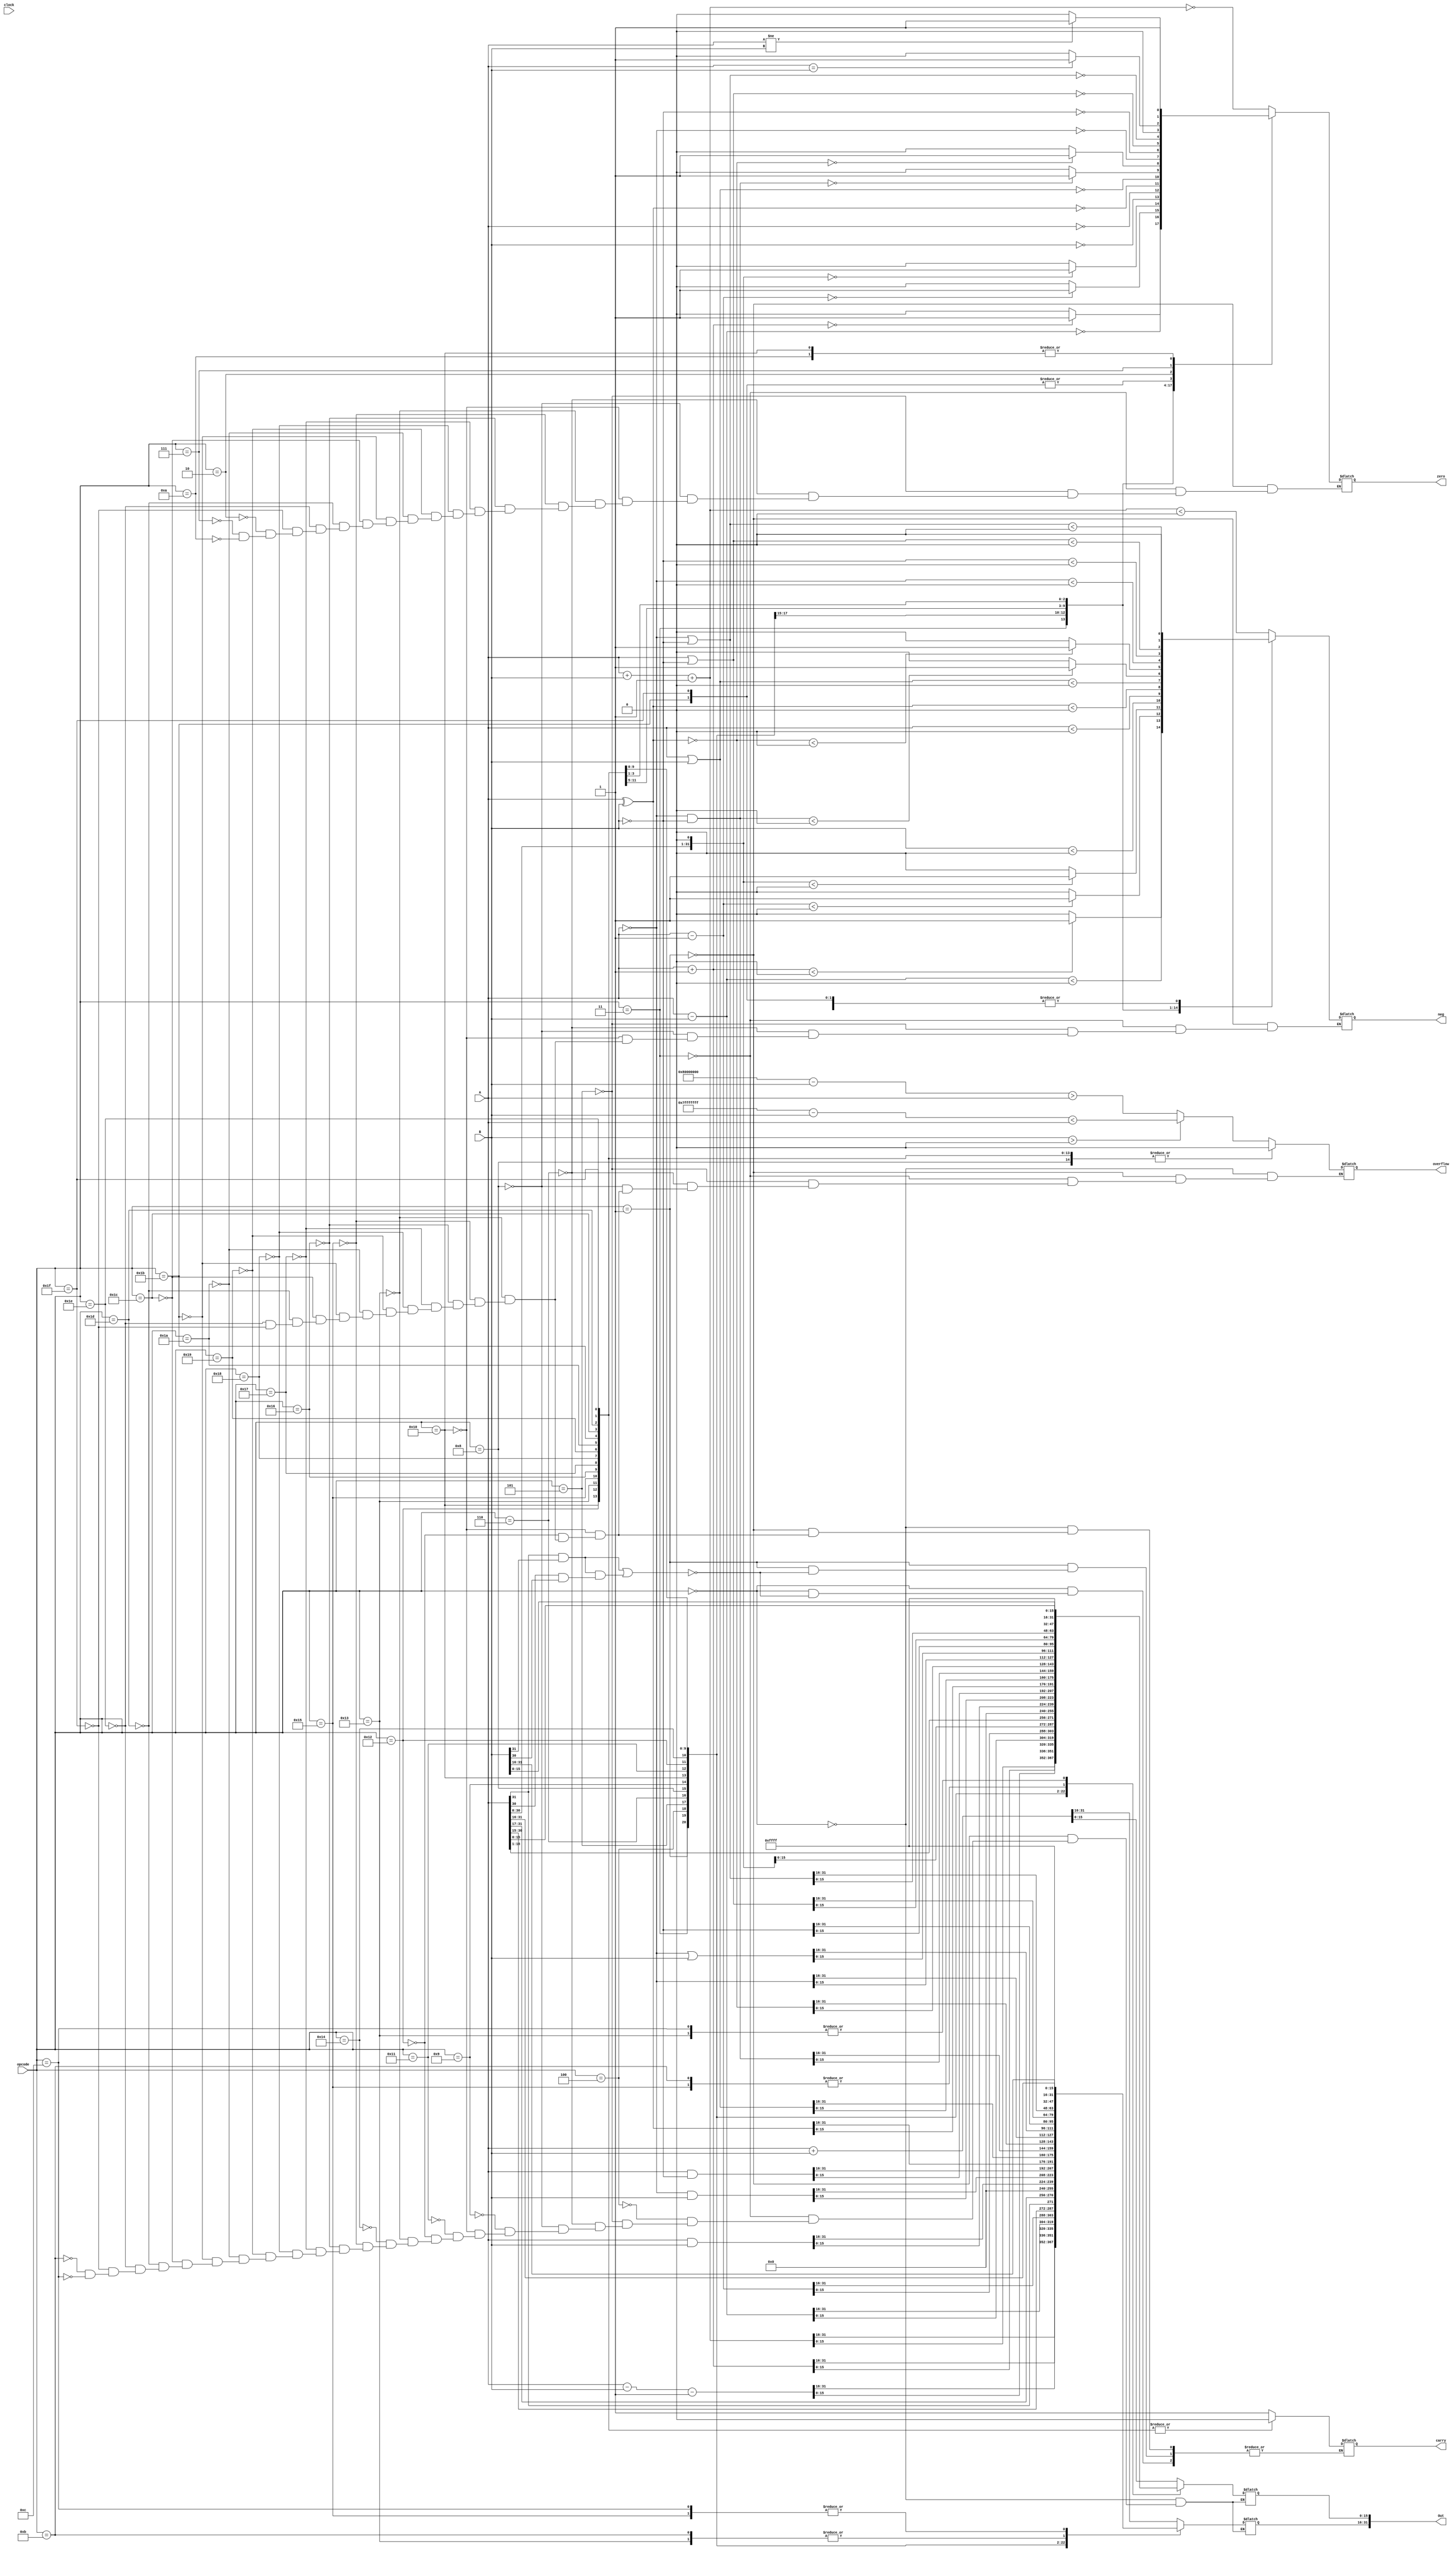
module  ULA (A, B, opcode, clock, zero, Out, overflow, carry,neg);

  input  [31:0] A;
  input  [31:0] B;
  input  clock;
  input  [4:0] opcode;
  output  [31:0] Out;
  output reg carry;
  output reg overflow;
  output reg zero;
  output reg neg;
  reg [32:0] Outest;
  wire signed [31:0] A, B; // dados para operacao
  wire [4:0] opcode;
  reg signed [31:0] Out;


  initial begin
    zero=0;
  end

  always @ ( clock ) begin


    case ( opcode )

        5'b00000:begin  Outest = (A+B);
            Out = Outest;

            overflow = B > 0 ? (2147483647 - B) < A : (-2147483648 - B) > A;


            if (A[31] & B [31] || ( A[31] & B [31] && A [30] & B [30] ) )  begin
              $display("carry");
              carry=1;
            end

         end  // add
        5'b00001:begin Outest= (A+B+32'b01);
            Out = Outest;
            zero = Out == 0;
            neg = Out < 0;
            overflow = B > 0  ? (2147483647 - B) < A : (-2147483648 - B) > A;

            if (A[31] & B [31] || ( A[31] & B [31] && A [30] & B [30] ) )  begin
              $display("carry");
              carry=1;
            end

        end // addinc

        5'b00011:begin  Outest = (A+32'b01);

            Out = Outest;
            zero = Out == 0 ? 1 : 0;
            neg = Out < 0 ? 1 : 0;
            overflow = B > 0 ? (2147483647 - B) < A : (-2147483648 - B) > A;

         end // inca
        5'b00100:begin  Out= (A-B-32'b01);

         end // subdec
        5'b00101:begin  Out = (A-B);
            zero = Out == 0;
            neg = Out < 0;
            overflow = B > 0 ? (2147483647 - B) < A : (-2147483648 - B) > A;

        end // Sub
        5'b00110:begin  Out = (A-32'b01);
            zero = Out == 0 ? 1 : 0;
            neg = Out < 0 ? 1 : 0;
            overflow = B > 0 ? (2147483647 - B) < A : (-2147483648 - B) > A;
        end // deca


        5'b01000:begin  Out = (A<<1);
            zero = Out == 0 ? 1 : 0;
            neg = Out < 0 ? 1 : 0;
            overflow = 0;

        end  // lsl
        5'b01001:begin  Out = (A>>>1); end // asr
        5'b10000:begin  Out = 32'b0;
            neg=0;
            carry=0;
            overflow=0;
            zero=1;
          end // zeros
        5'b10001:begin  Out = (A&B); end// and
        5'b10010:begin  Out = (~A)&B;
            carry=0;
            overflow=0;
        end // andnota
        5'b10011:begin  Out = B;
            zero = Out == 0;
            neg = Out < 0;
            overflow = 0;
            carry = 0;
        end // passb
        5'b10100:begin  Out = A&(~B);end // andnotb
        5'b10101:begin  Out = A;
            zero = Out == 0;
            neg = Out < 0;
            overflow = 0;
            carry = 0;
        end // passa

        5'b10110:begin  Out = (A^B);
            zero = Out == 0;
            neg = Out < 0;
            overflow = 0;
            carry = 0;
        end // xor

        5'b10111:begin  Out = (A|B);
            zero = Out == 0;
            neg = Out < 0;
            overflow = 0;
            carry = 0;
        end // or

        5'b11000:begin  Out = (~A)&(~B);
            zero = Out == 0 ? 1 : 0;
            neg = Out < 0 ? 1: 0;
            overflow = 0;
            carry = 0;
        end // nand

        5'b11001:begin  Out = ~(A^B);
            zero = Out == 0 ? 1 : 0;
            neg = Out < 0 ? 1 : 0;
            overflow = 0;
            carry = 0;
          end // xnor
        5'b11010:begin  Out = ~A;
            neg = Out < 0;
            zero = Out == 0;
            overflow = 0;
            carry = 0;
        end // passnota
        5'b11011:begin  Out = (~A)|B;
            neg=0;
            zero=0;
            carry=0;
            overflow=0;
        end
        5'b11100:begin  Out = ~B;
            neg = Out < 0;
            zero = Out == 0;
            overflow = 0;
            carry = 0;

        end  // passnotb
        5'b11101:begin  Out = A|(~B);
            neg = Out < 0;
            zero = Out == 0;
            overflow = 0;
            carry = 0;
        end
        5'b11110:begin  Out = (~A)|(~B);
            neg = Out < 0;
            zero = Out == 0;
            overflow = 0;
            carry = 0;
          end
        5'b11111:begin  Out = 32'b11111111111111111111111111111111;
            neg=0;
	    zero=0;
            carry=0;
            overflow=0;

              end //ones
      	// beq
      	5'b00010:begin
        		if(A==B) begin
        			$display("Condicao verdadeira");
        			zero = 1;
        		end else begin
        			$display("Condicao falsa");
        			zero = 0;
        		end
      	end
      	// bne
      	5'b00111:begin
        		if(A!=B) begin
        			$display("Condicao verdadeira");
        			zero = 1;
        		end else begin
        			$display("Condicao falsa");
        			zero = 0;
        		end
      	end
      	// jump
      	5'b01010:begin
        		zero = 1;
      	end
      	5'b01011:begin Out[15:0]= A[15:0];
      			Out[31:16] = B[31:16];
      		end	// Atribuicao menos sig A
      	5'b01100:begin Out[31:16] = A[31:16];
      			Out[15:0] = B[15:0];
      		end	// Atribuicao menos sig B
              default:;
              endcase
  end

endmodule